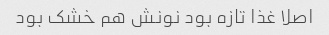
اصلا غذا تازه بود نونش هم خشک بود